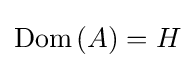
\operatorname {Dom} \left(A\right)=H